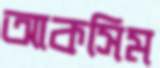
আকসিম